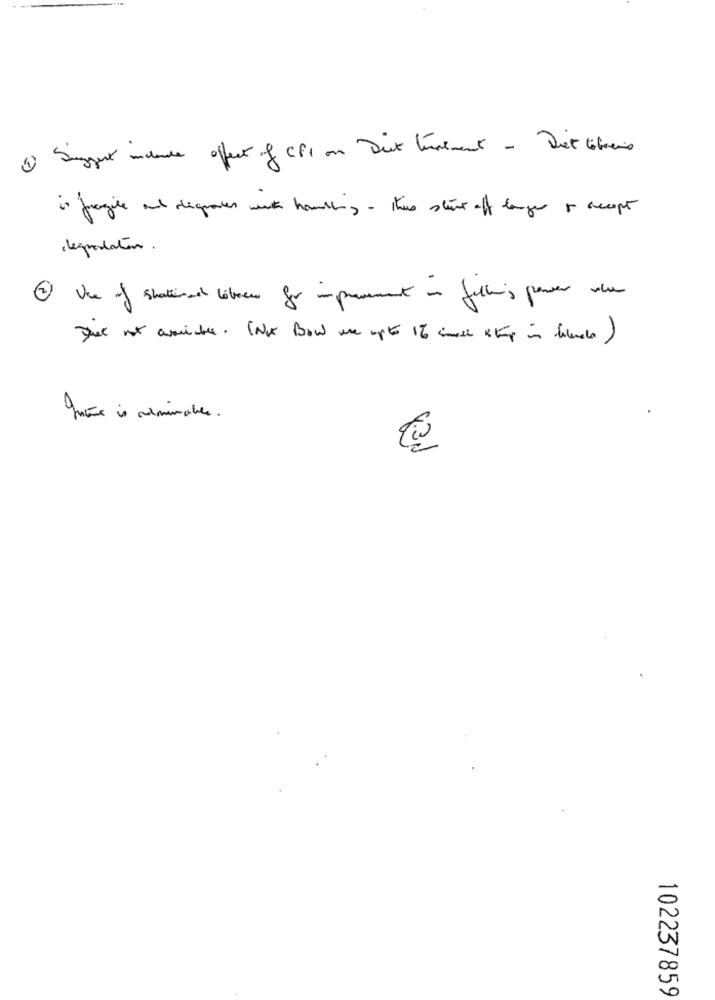
1) Suggest include effect of CPI on Dit Wurdement - Det Cobris
is fragile and digraces with handling - this start off langer + accept
legpolation.
2 Ve of shattered libres for improvement in fellini's paser du
That not avariable. (Not Bow me upto 1% cash & Kup in helenes )
Inte is reminable.
102237859